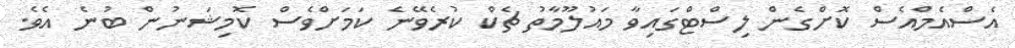
އެސްއެމްއެސް ކޮށްގެން ލިސްޓްގައިވާ މައުލޫމާތު ޗެކް ކުރެވޭނެ ކަމަށްވެސް ކޮމިޝަނުން ބުނެ އެވެ.